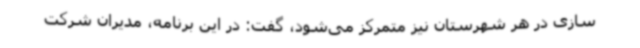
سازی در هر شهرستان نیز متمرکز می‌شود، گفت: در این برنامه، مدیران شرکت